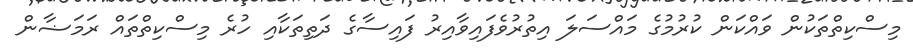
މިސްކިތްތަކުން ވައްކަން ކުރުމުގެ މައްސަލަ އިތުރުވެފައިވާއިރު ފައިސާގެ ދަތިތަކާއި ހުރެ މިސްކިތްތައް ރަމަޟާން